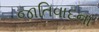
જાતિવાદના